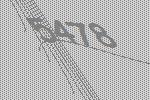
5478